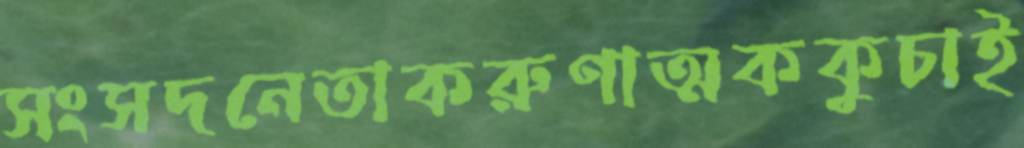
সংসদনেতাকরুণাত্মককুচাই